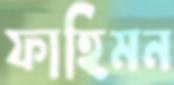
ফাহিমন